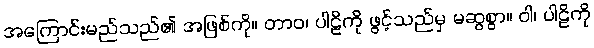
အကြောင်းမည်သည်၏ အဖြစ်ကို။ တာဝ၊ ပါဠိကို ဖွင့်သည်မှ မဆွစွာ။ ဝါ၊ ပါဠိကို